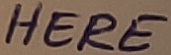
Text: HERE